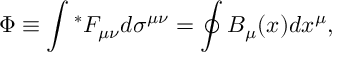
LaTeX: \Phi \equiv \int { } ^ { * } F _ { \mu \nu } d \sigma ^ { \mu \nu } = \oint B _ { \mu } ( x ) d x ^ { \mu } ,